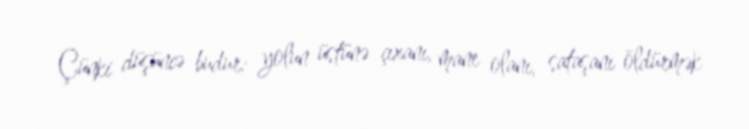
Çünki düşüncə budur: yolun üstünə çıxanı, mane olanı, sataşanı öldürmək